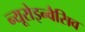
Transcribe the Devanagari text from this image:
न्यूरोइन्वैसिव